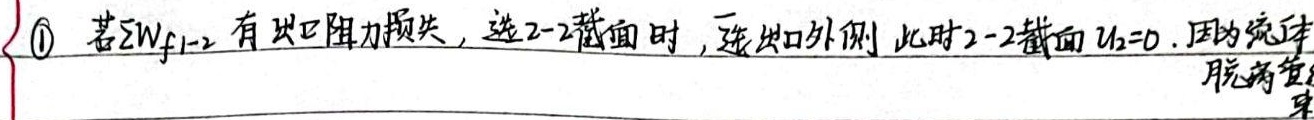
\textcircled{1} 若\(\sum W_{f1 - 2}\)有出口阻力损失，选2 - 2截面时，选出口外侧，此时2 - 2截面\(u_{2}=0\)。因为流体脱离开